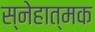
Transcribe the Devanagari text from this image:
स्नेहात्मक